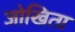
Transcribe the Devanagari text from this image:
जोखिता